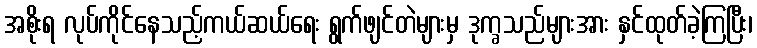
အစိုးရ လုပ်ကိုင်နေသည့်ကယ်ဆယ်ရေး ရွက်ဖျင်တဲများမှ ဒုက္ခသည်များအား နှင်ထုတ်ခဲ့ကြပြီး၊